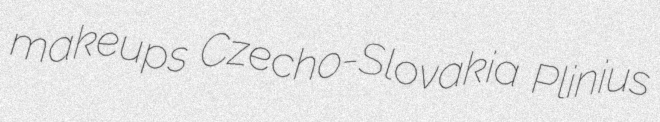
makeups Czecho-Slovakia Plinius